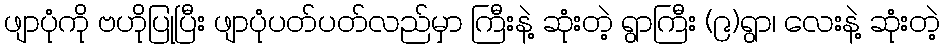
ဖျာပုံကို ဗဟိုပြုပြီး ဖျာပုံပတ်ပတ်လည်မှာ ကြီးနဲ့ ဆုံးတဲ့ ရွာကြီး (၉)ရွာ၊ လေးနဲ့ ဆုံးတဲ့